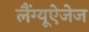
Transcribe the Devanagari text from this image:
लैंग्यूऐजेज